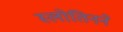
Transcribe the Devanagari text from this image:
स्लोतिनने